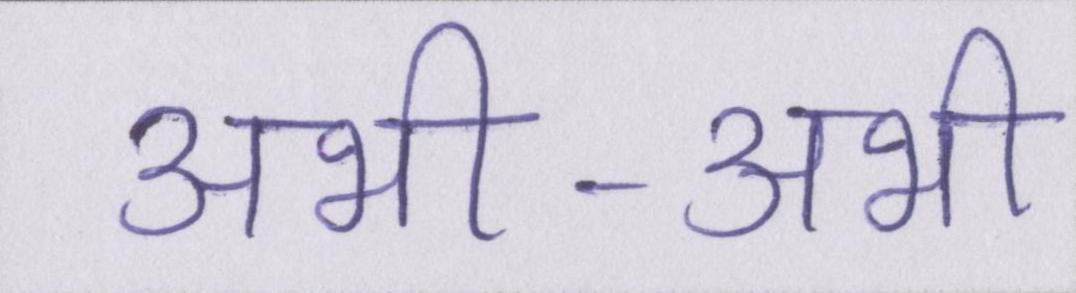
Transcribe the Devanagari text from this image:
अभी-अभी